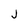
Character: j